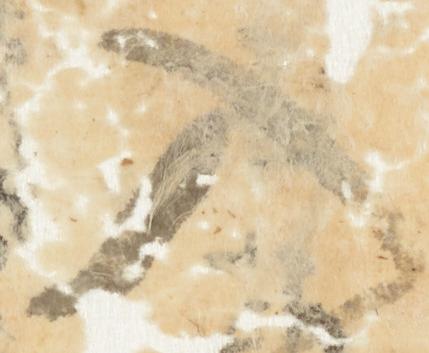
入